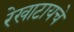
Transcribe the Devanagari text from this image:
रेखाटायचे